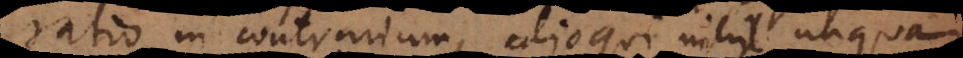
ratio in contrarium, alioqui nihil unq